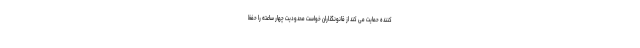
کننده حمایت می کند از قانونگذاران خواست محدودیت چهار ساعته را حفظ